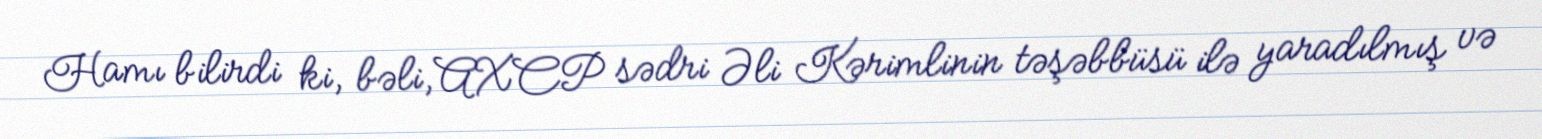
Hamı bilirdi ki, bəli, AXCP sədri Əli Kərimlinin təşəbbüsü ilə yaradılmış və